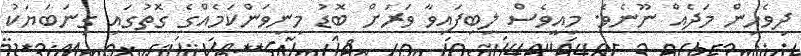
ދިވެހިން މަދެއް ނޫނެވެ. މިއީވެސް ލިބިފައިވާ ވަރަށް ބޮޑު މިނިވަންކަމެއްގެ ގޮތުގައި ގިނަބަޔަކު